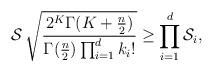
LaTeX: \begin{align*}\mathcal{S}\,\sqrt{\frac{2^K\Gamma(K+\frac{n}{2})}{\Gamma(\frac{n}{2})\prod_{i=1}^d k_i!}}\ge \prod_{i=1}^d \mathcal{S}_i,\end{align*}